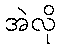
အဲလို